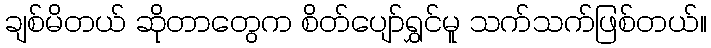
ချစ်မိတယ် ဆိုတာတွေက စိတ်ပျော်ရွှင်မူ သက်သက်ဖြစ်တယ်။